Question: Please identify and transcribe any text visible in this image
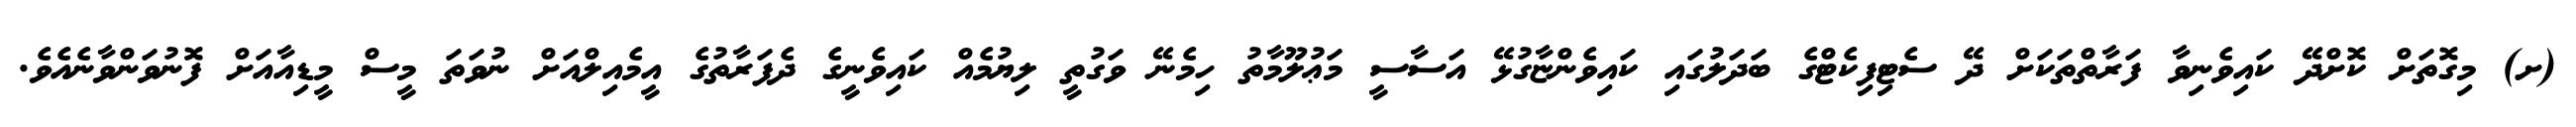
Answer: (ށ) މިގޮތަށް ކޮށްދޭ ކައިވެނިވާ ފަރާތްތަކަށް ދޭ ސެޓިފިކެޓްގެ ބަދަލުގައި ކައިވެންޏާގުޅޭ އަސާސީ މަޢުލޫމާތު ހިމެނޭ ވަގުތީ ލިޔުމެއް ކައިވެނީގެ ދެފަރާތުގެ އީމެއިލްއަށް ނުވަތަ މީސް މީޑިއާއަށް ފޮނުވަންވާނެއެވެ.